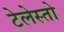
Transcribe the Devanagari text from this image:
टेलेस्तो